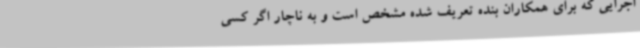
اجرایی که برای همکاران بنده تعریف شده مشخص است و به ناچار اگر کسی